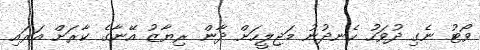
ވޯޓު ނެގި ދުވަހު ހެނދުނު މަޖިލީހަށް ދާން ރިޔާޒު އޭނާގެ ކާރަށް އަރައި